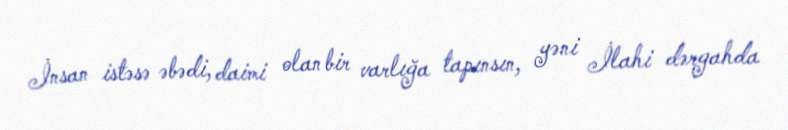
İnsan istəsə əbədi, daimi olan bir varlığa tapınsın, yəni İlahi dərgahda